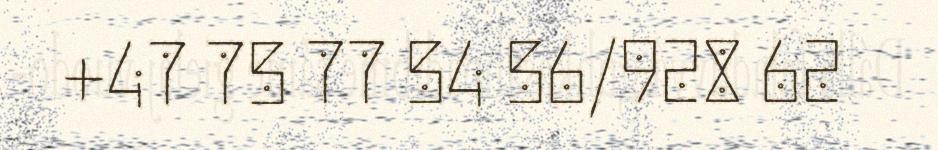
+47 75 77 54 56/928 62